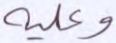
وعليه